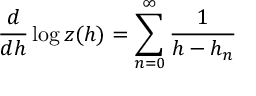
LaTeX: \frac d { d h } \log z ( h ) = \sum _ { n = 0 } ^ { \infty } \frac 1 { h - h _ { n } }